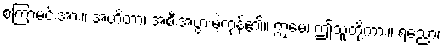
စကြာမင်းအား။ အဟိတာ၊ အစီးအပွားမဲ့ကုန်၏။ ဣမေ၊ ဤသူတို့ကား။ ရညော၊